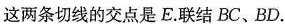
这两条切线的交点是E.联结BC、BD.